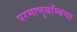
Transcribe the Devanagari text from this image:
परमाणुबॉम्बचा